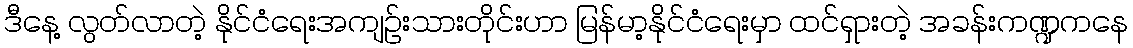
ဒီနေ့ လွတ်လာတဲ့ နိုင်ငံရေးအကျဉ်းသားတိုင်းဟာ မြန်မာ့နိုင်ငံရေးမှာ ထင်ရှားတဲ့ အခန်းကဏ္ဍကနေ